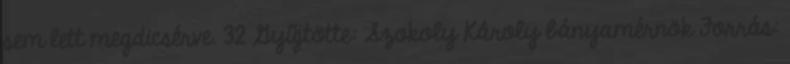
sem lett megdicsérve. 32 Gyűjtötte: Szokoly Károly bányamérnök Forrás: